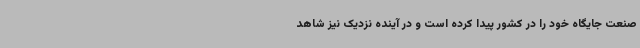
صنعت جایگاه خود را در کشور پیدا کرده است و در آینده نزدیک نیز شاهد